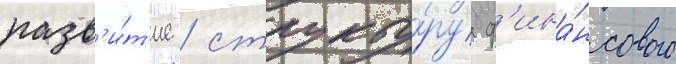
разв'и́т'ие / структу́ру ф'ина́нсового